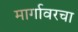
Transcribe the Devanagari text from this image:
मार्गावरचा